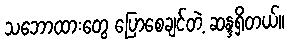
သဘောထားတွေ ပြောစေချင်တဲ့ ဆန္ဒရှိတယ်။